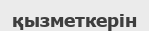
қызметкерін